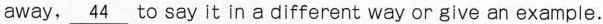
away,\underline{44} to say it in a different way or give an example.